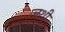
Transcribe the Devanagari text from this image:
जथी